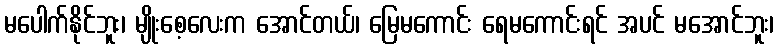
မပေါက်နိုင်ဘူး၊ မျိုးစေ့လေးက အောင်တယ်၊ မြေမကောင်း ရေမကောင်းရင် အပင် မအောင်ဘူး၊